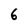
Character: 6